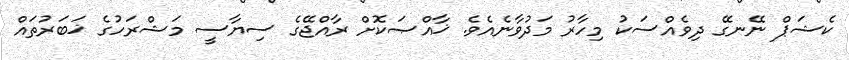
ކެޝަޕް ނޭނގޭ ދިވެއްސަކު މިހާރު މަދުވާނެއެވެ. ޚާއްޞަކޮށް ރާއްޖޭގެ ސިޔާސީ މަޝްރަހުގެ ޚަބަރުތައް